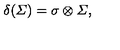
\delta ( { \mit \Sigma } ) = \sigma \otimes { \mit \Sigma } ,